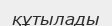
құтылады